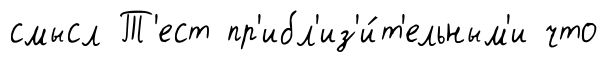
смысл Т'ест пр'ибл'из'и́т'ельным'и что